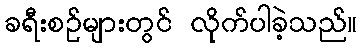
ခရီးစဉ်များတွင် လိုက်ပါခဲ့သည်။